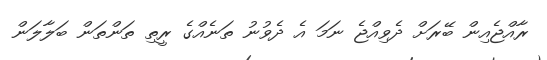
ރާއްޖެއިން ބޭރަށް ދެވިއްޖެ ނަމަ އެ ދެވުނު ތަނެއްގެ ރީތި ތަންތަން ބަލާލަން